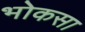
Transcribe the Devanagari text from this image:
भोकसा